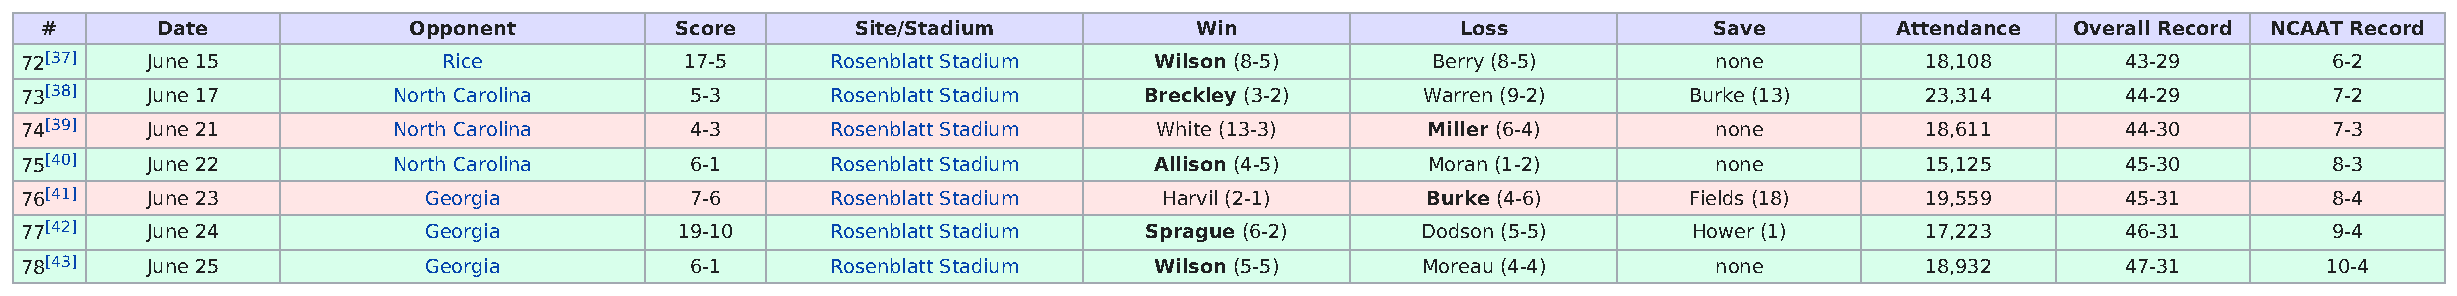
#      Date             Opponent          Score       Site/Stadium          Win               Loss            Save        Attendance  Overall Record NCAAT Record
 72[37]   June 15            Rice            17-5      Rosenblatt Stadium   Wilson (8-5)       Berry (8-5)        none         18,108        43-29        6-2
 73[38]   June 17         North Carolina      5-3      Rosenblatt Stadium   Breckley (3-2)    Warren (9-2)      Burke (13)     23,314        44-29        7-2
 74[39]   June 21         North Carolina      4-3      Rosenblatt Stadium    White (13-3)     Miller (6-4)        none         18,611        44-30        7-3
 75[40]   June 22         North Carolina      6-1      Rosenblatt Stadium   Allison (4-5)     Moran (1-2)         none         15,125        45-30        8-3
 76[41]   June 23           Georgia           7-6      Rosenblatt Stadium    Harvil (2-1)     Burke (4-6)       Fields (18)    19,559        45-31        8-4
 77[42]   June 24           Georgia          19-10     Rosenblatt Stadium   Sprague (6-2)     Dodson (5-5)      Hower (1)      17,223        46-31        9-4
 78[43]   June 25           Georgia           6-1      Rosenblatt Stadium   Wilson (5-5)      Moreau (4-4)        none         18,932        47-31        10-4